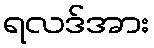
ရလဒ်အား